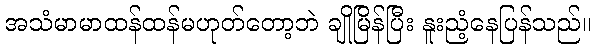
အသံမာမာထန်ထန်မဟုတ်တော့ဘဲ ချိုမြိန်ပြီး နူးညံ့နေပြန်သည်။